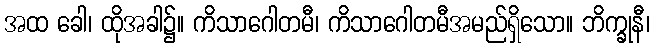
အထ ခေါ၊ ထိုအခါ၌။ ကိသာဂေါတမီ၊ ကိသာဂေါတမီအမည်ရှိသော။ ဘိက္ခုနီ၊